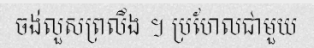
ចង់លួសព្រលឹង ។ ប្រហែលជាមួយ